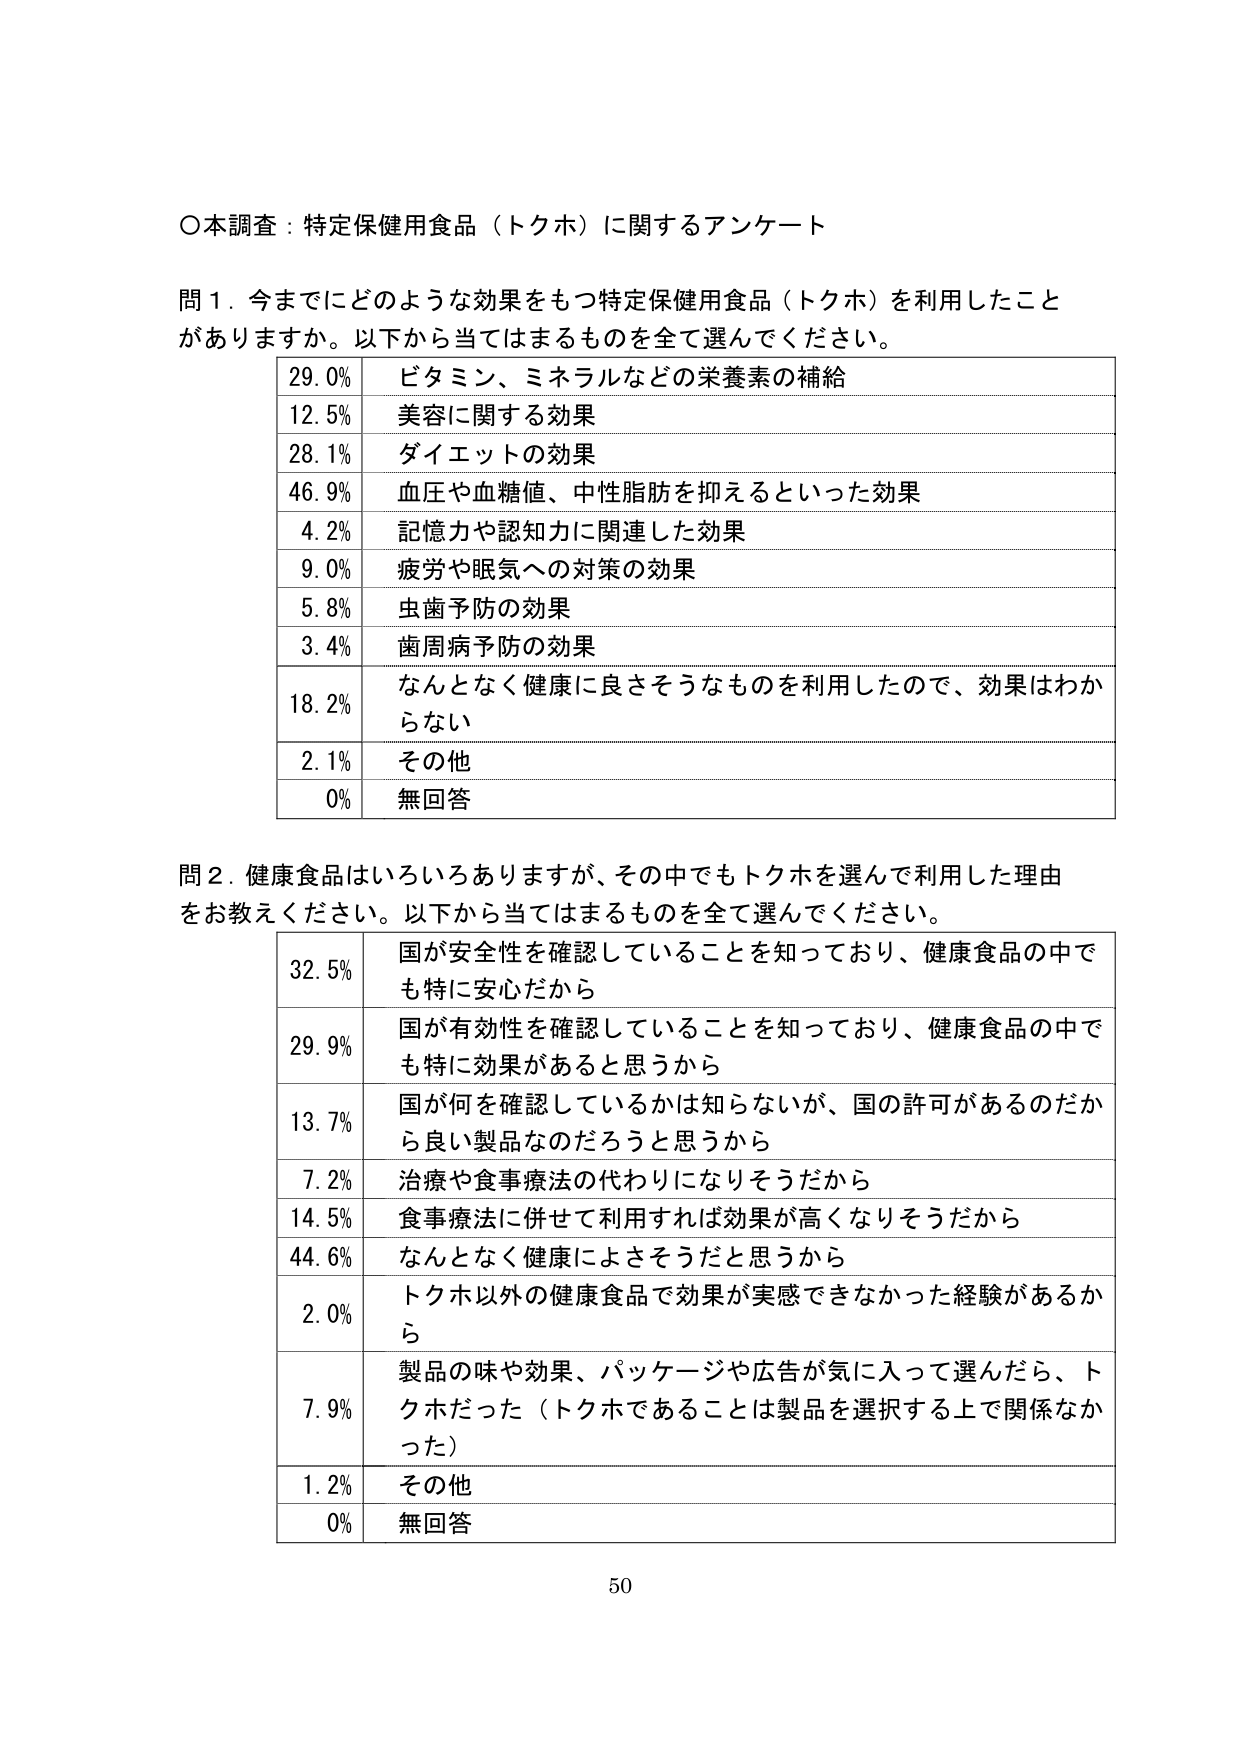
○本調査：特定保健用食品（トクホ）に関するアンケート

問１．今までにどのような効果をもつ特定保健用食品（トクホ）を利用したことがありますか。以下から当てはまるものを全て選んでください。

29.0% ビタミン、ミネラルなどの栄養素の補給
12.5% 美容に関する効果
28.1% ダイエットの効果
46.9% 血圧や血糖値、中性脂肪を抑えるといった効果
4.2% 記憶力や認知力に関連した効果
9.0% 疲労や眠気への対策の効果
5.8% 虫歯予防の効果
3.4% 歯周病予防の効果
18.2% なんとなく健康に良さそうなものを利用したので、効果はわからない
2.1% その他
0% 無回答

問２．健康食品はいろいろありますが、その中でもトクホを選んで利用した理由をお教えください。以下から当てはまるものを全て選んでください。

32.5% 国が安全性を確認していることを知っており、健康食品の中でも特に安心だから
29.9% 国が有効性を確認していることを知っており、健康食品の中でも特に効果があると思うから
13.7% 国が何を確認しているかは知らないが、国の許可があるのだから良い製品なのだろうと思うから
7.2% 治療や食事療法の代わりになりそうだから
14.5% 食事療法に併せて利用すれば効果が高くなりそうだから
44.6% なんとなく健康によさそうだと思うから
2.0% トクホ以外の健康食品で効果が実感できなかった経験があるから
7.9% 製品の味や効果、パッケージや広告が気に入って選んだら、トクホだった（トクホであることは製品を選択する上で関係なかった）
1.2% その他
0% 無回答

50